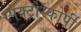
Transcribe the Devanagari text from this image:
स्‍पेक्‍ट्रोस्‍कोर्पी